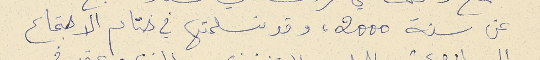
عن سنة 0002، وقد تسلمتها في ختام الاجتماع